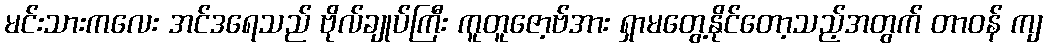
မင်းသားကလေး အင်ဒရေသည် ဗိုလ်ချုပ်ကြီး ကူတူဇော့ဗ်အား ရှာမတွေ့နိုင်တော့သည့်အတွက် တာဝန် ကျ